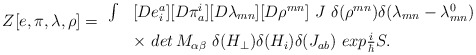
\begin{align*}\begin{array}{ll}\begin{array}{l}\\ Z[e,\pi ,\lambda ,\rho ]= \\ \end{array}\int & [De_{i}^{a}][D\pi _{a}^{i}][D\lambda _{mn}][D\rho ^{mn}]\ J\ \delta(\rho ^{mn})\delta (\lambda _{mn}-\lambda _{mn}^{0}) \\ & \times \,\,det\,M_{\alpha \beta }\ \delta (H_{\perp })\delta (H_{i})\delta(J_{ab})\ exp\frac{i}{\hbar }S.\end{array}\end{align*}